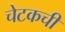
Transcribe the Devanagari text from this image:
चेटकची